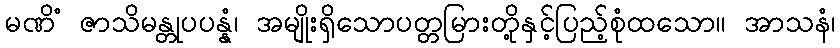
မဏိံ ဇာသိမန္တုပပန္နံ၊ အမျိုးရှိသောပတ္တမြားတို့နှင့်ပြည့်စုံထသော။ အာသနံ၊